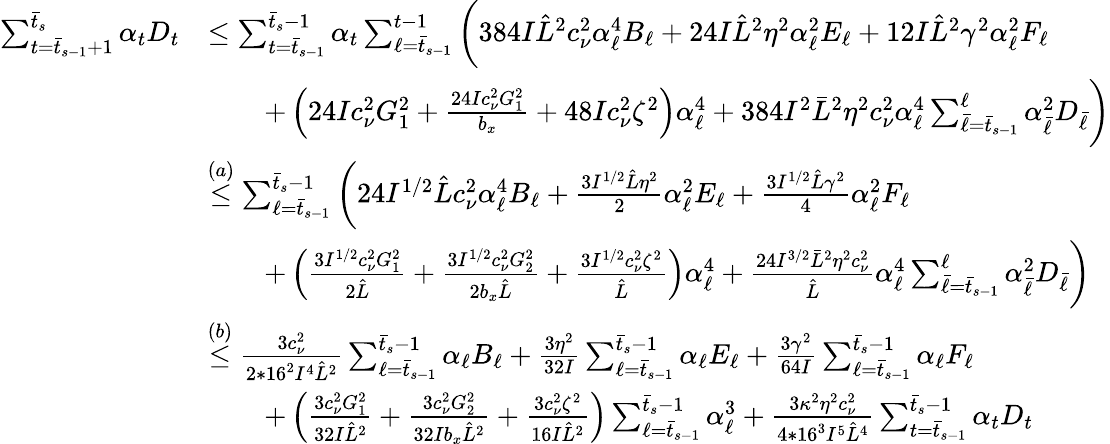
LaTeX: \begin{array}{rl}{\sum_{t=\bar{t}_{s-1}+1}^{\bar{t}_{s}}\alpha_{t}D_{t}}&{\leq\sum_{t=\bar{t}_{s-1}}^{\bar{t}_{s}-1}\alpha_{t}\sum_{\ell=\bar{t}_{s-1}}^{t-1}\bigg(384I\hat{L}^{2}c_{\nu}^{2}\alpha_{\ell}^{4}B_{\ell}+24I\hat{L}^{2}\eta^{2}\alpha_{\ell}^{2}E_{\ell}+12I\hat{L}^{2}\gamma^{2}\alpha_{\ell}^{2}F_{\ell}}\\ &{\qquad+\left(24Ic_{\nu}^{2}G_{1}^{2}+\frac{24Ic_{\nu}^{2}G_{1}^{2}}{b_{x}}+48Ic_{\nu}^{2}\zeta^{2}\right)\alpha_{\ell}^{4}+384I^{2}\bar{L}^{2}\eta^{2}c_{\nu}^{2}\alpha_{\ell}^{4}\sum_{\bar{\ell}=\bar{t}_{s-1}}^{\ell}\alpha_{\bar{\ell}}^{2}D_{\bar{\ell}}\bigg)}\\ &{\overset{(a)}{\leq}\sum_{\ell=\bar{t}_{s-1}}^{\bar{t}_{s}-1}\bigg(24I^{1/2}\hat{L}c_{\nu}^{2}\alpha_{\ell}^{4}B_{\ell}+\frac{3I^{1/2}\hat{L}\eta^{2}}{2}\alpha_{\ell}^{2}E_{\ell}+\frac{3I^{1/2}\hat{L}\gamma^{2}}{4}\alpha_{\ell}^{2}F_{\ell}}\\ &{\qquad+\left(\frac{3I^{1/2}c_{\nu}^{2}G_{1}^{2}}{2\hat{L}}+\frac{3I^{1/2}c_{\nu}^{2}G_{2}^{2}}{2b_{x}\hat{L}}+\frac{3I^{1/2}c_{\nu}^{2}\zeta^{2}}{\hat{L}}\right)\alpha_{\ell}^{4}+\frac{24I^{3/2}\bar{L}^{2}\eta^{2}c_{\nu}^{2}}{\hat{L}}\alpha_{\ell}^{4}\sum_{\bar{\ell}=\bar{t}_{s-1}}^{\ell}\alpha_{\bar{\ell}}^{2}D_{\bar{\ell}}\bigg)}\\ &{\overset{(b)}{\leq}\frac{3c_{\nu}^{2}}{2*16^{2}I^{4}\hat{L}^{2}}\sum_{\ell=\bar{t}_{s-1}}^{\bar{t}_{s}-1}\alpha_{\ell}B_{\ell}+\frac{3\eta^{2}}{32I}\sum_{\ell=\bar{t}_{s-1}}^{\bar{t}_{s}-1}\alpha_{\ell}E_{\ell}+\frac{3\gamma^{2}}{64I}\sum_{\ell=\bar{t}_{s-1}}^{\bar{t}_{s}-1}\alpha_{\ell}F_{\ell}}\\ &{\qquad+\left(\frac{3c_{\nu}^{2}G_{1}^{2}}{32I\hat{L}^{2}}+\frac{3c_{\nu}^{2}G_{2}^{2}}{32Ib_{x}\hat{L}^{2}}+\frac{3c_{\nu}^{2}\zeta^{2}}{16I\hat{L}^{2}}\right)\sum_{\ell=\bar{t}_{s-1}}^{\bar{t}_{s}-1}\alpha_{\ell}^{3}+\frac{3\kappa^{2}\eta^{2}c_{\nu}^{2}}{4*16^{3}I^{5}\hat{L}^{4}}\sum_{t=\bar{t}_{s-1}}^{\bar{t}_{s}-1}\alpha_{t}D_{t}}\end{array}